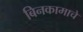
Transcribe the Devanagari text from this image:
बिनकामाचे